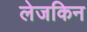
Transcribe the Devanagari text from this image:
लेजकिन